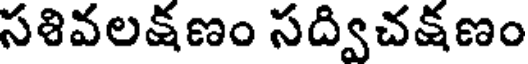
సశివలక్షణం సద్విచక్షణం